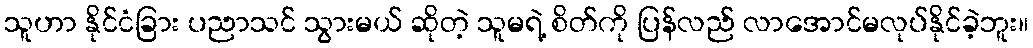
သူဟာ နိုင်ငံခြား ပညာသင် သွားမယ် ဆိုတဲ့ သူမရဲ့ စိတ်ကို ပြန်လည် လာအောင်မလုပ်နိုင်ခဲ့ဘူး။